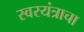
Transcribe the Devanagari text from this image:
स्वरयंत्राचा